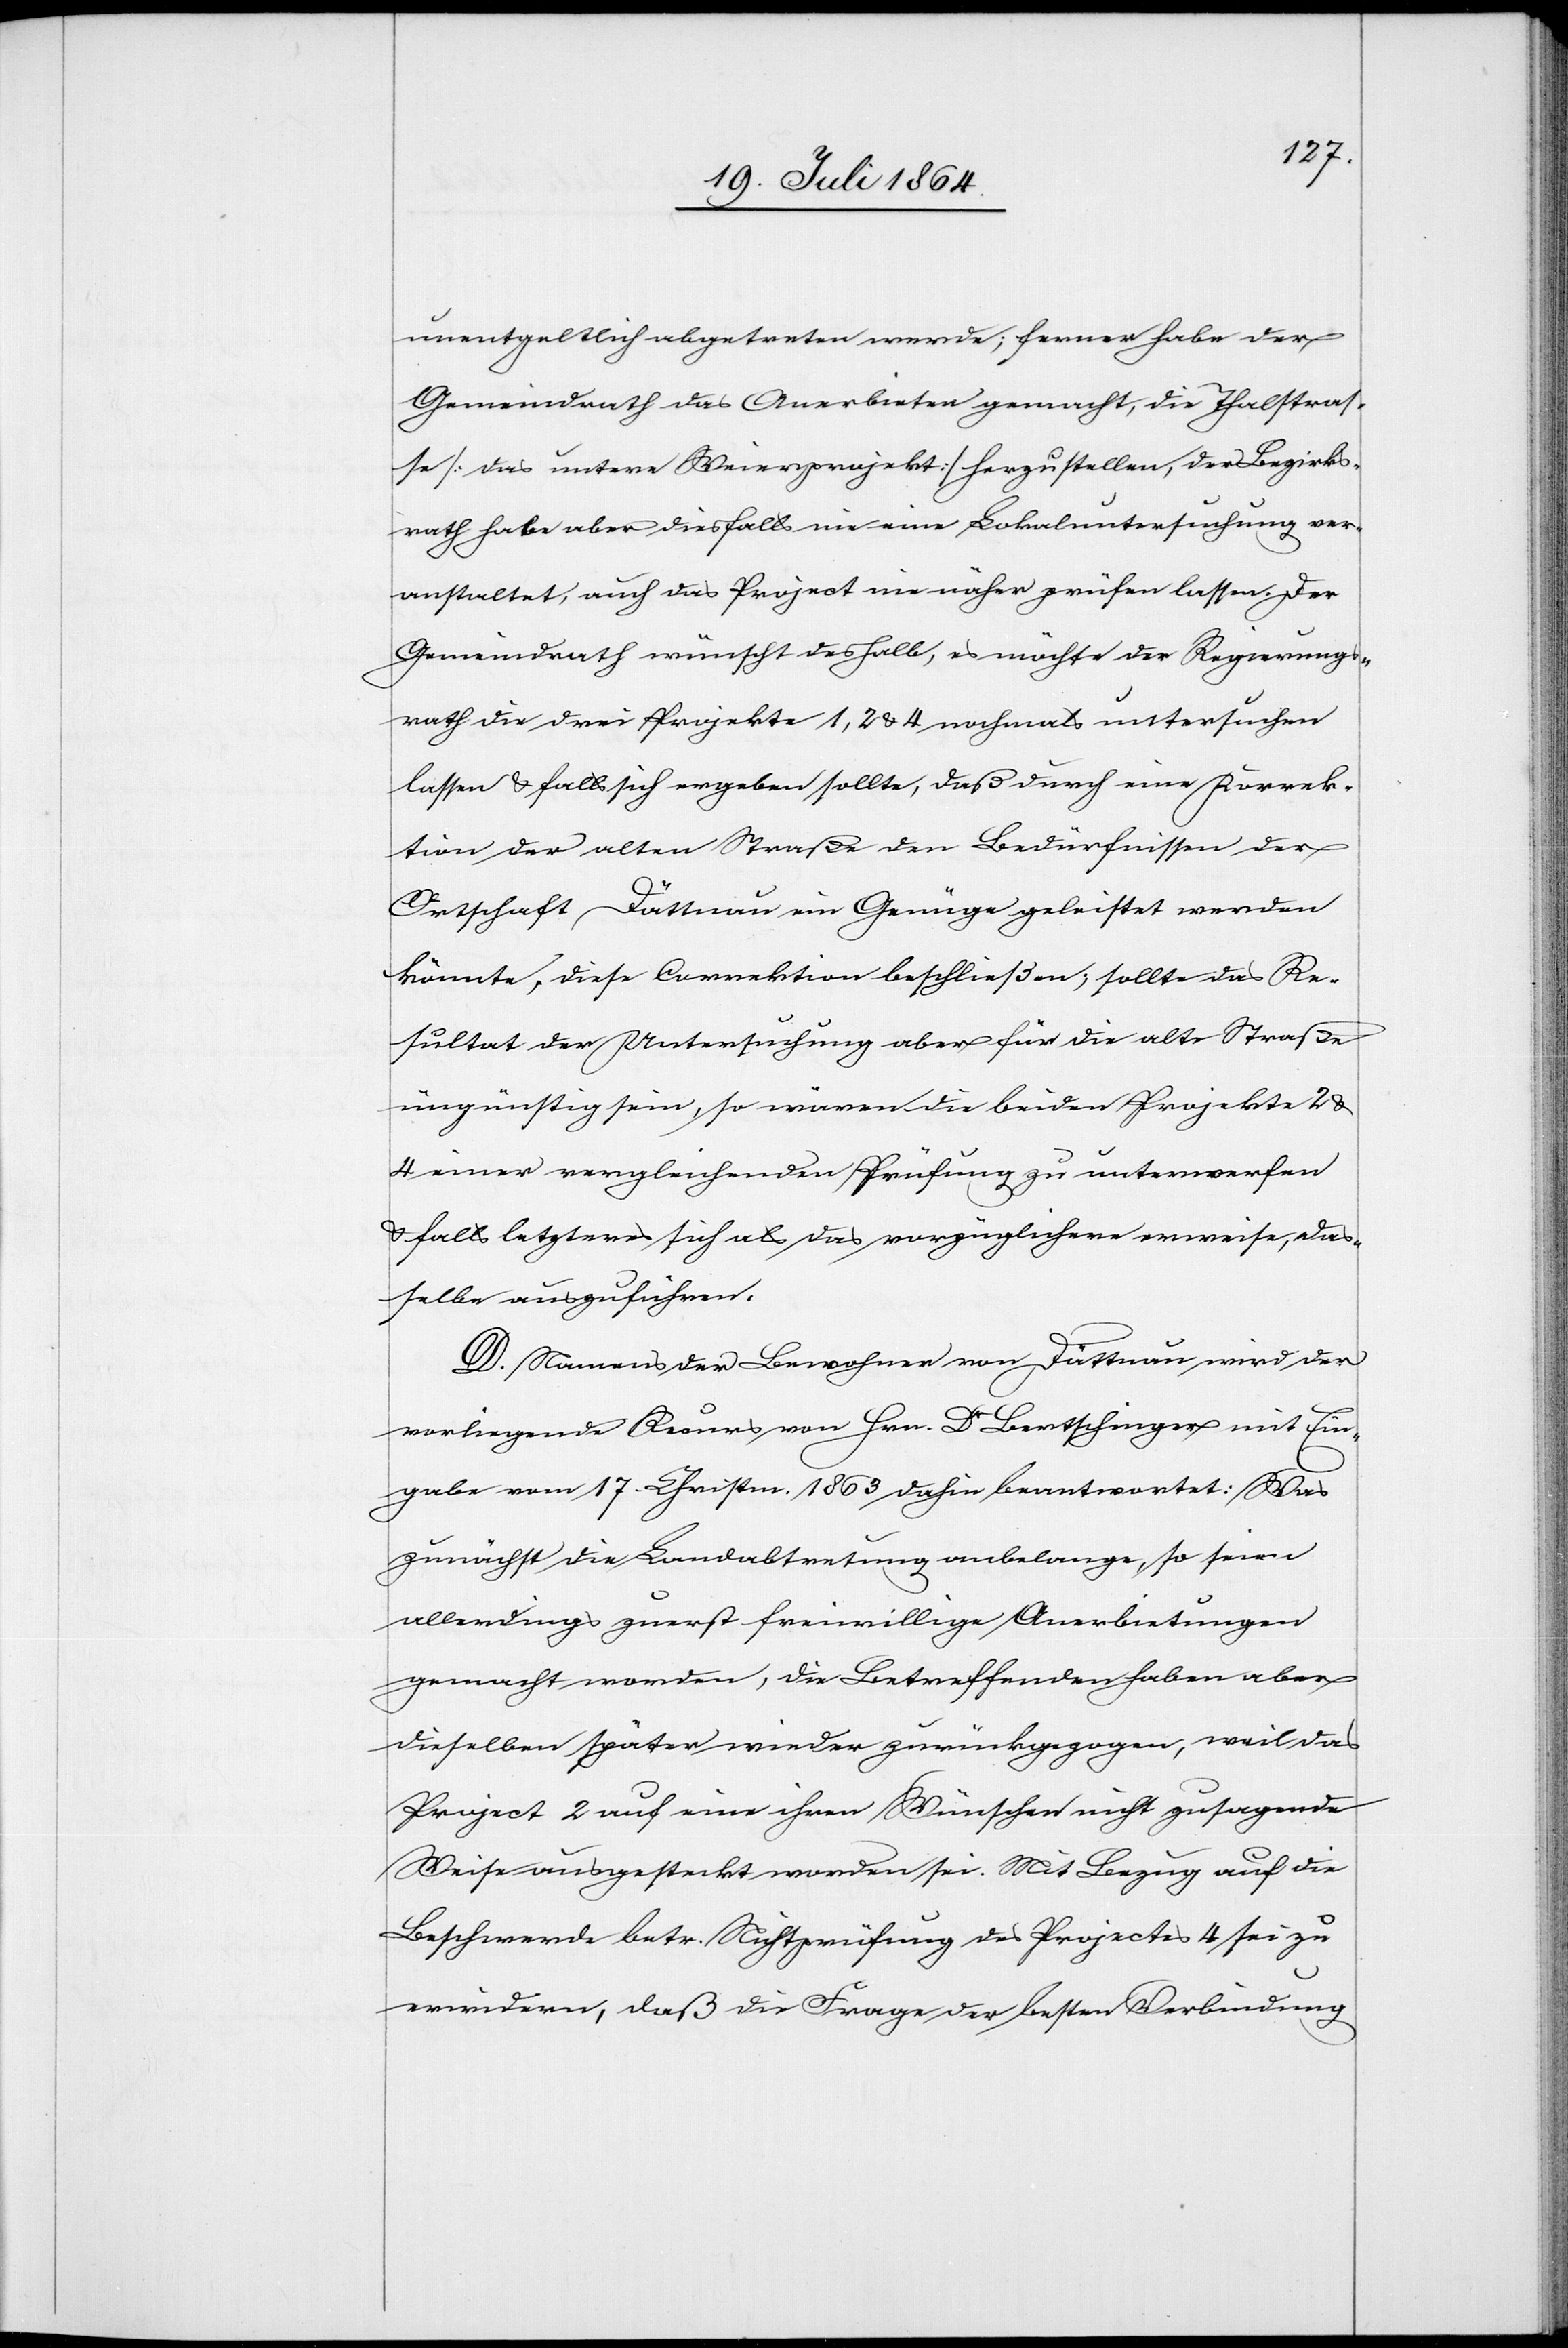
unentgeltlich abgetreten wurde; ferner habe der
Gemeindrath das Anerbieten gemacht, die Thalstras¬
se [das untere Weierprojekt] herzustellen, der Bezirks¬
rath habe aber diesfalls nie eine Lokaluntersuchung ver¬
anstaltet, auch das Project nie näher prüfen lassen. Der
Gemeindrath wünscht deshalb, es möchte der Regierungs¬
rath die drei Projekte 1, 2 u. 4 nochmals untersuchen
lassen u. falls sich ergeben sollte, daß durch eine Korrek¬
tion der alten Straße den Bedürfnissen der
Ortschaft Dättnau ein Genüge geleistet werden
könnte, diese Correktion beschließen; sollte das Re¬
sultat der Untersuchung aber für die alte Straße
üngünstig sein, so wären die beiden Projekte 2 u.
4 einer vergleichenden Prüfung zu unterwerfen
u. falls letzteres sich als das vorzüglichere erweise, das¬
selbe auszuführen.
D. Namens der Bewohner von Dättnau wird der
vorliegende Recurs von Hrn. Dr Bertschinger mit Ein¬
gabe vom 17. Christm. 1863 dahin beantwortet: Was
zunächst die Landabtretung anbelange, so seien
allerdings zuerst freiwillige Anerbietungen
gemacht worden, die Betreffenden haben aber
dieselben später wieder zurückgezogen, weil das
Project 2 auf eine ihren Wünschen nicht zusagende
Weise ausgesteckt worden sei. Mit Bezug auf die
Beschwerde betr. Nichtprüfung des Projectes 4 sei zu
erwiedern, daß die Frage der besten Verbindung